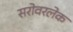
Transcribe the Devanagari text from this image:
सरोवरलेक